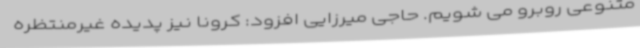
متنوعی روبرو می شویم. حاجی میرزایی افزود: کرونا نیز پدیده غیرمنتظره